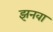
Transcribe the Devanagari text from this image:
झनवा